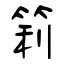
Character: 筣